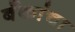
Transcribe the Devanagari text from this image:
बँकांचा